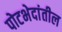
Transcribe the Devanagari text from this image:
पोटभेदांतील